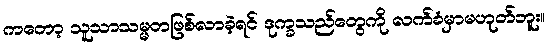
ကတော့ သူသာသမ္မတဖြစ်လာခဲ့ရင် ဒုက္ခသည်တွေကို လက်ခံမှာမဟုတ်ဘူး။